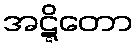
အဋ္ဋိတော